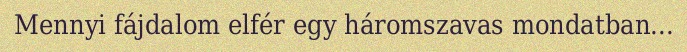
Mennyi fájdalom elfér egy háromszavas mondatban...